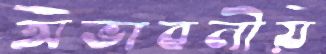
অভাবনীয়